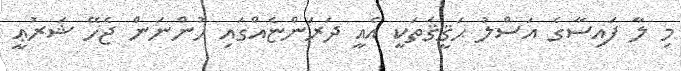
މި ލާ ފައިސާގެ އަސްލު ޙަޤީޤަތަކީ އެއީ ދަރަންޏެއްގައި ހުންނަން ޖެހޭ ޝަރުޢީ